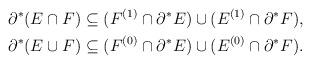
LaTeX: \begin{align*} \partial^*(E\cap F)&\subseteq (F^{(1)}\cap \partial^*E)\cup (E^{(1)}\cap \partial^*F),\\ \partial^*(E\cup F)&\subseteq (F^{(0)}\cap \partial^*E)\cup (E^{(0)}\cap \partial^*F).\end{align*}